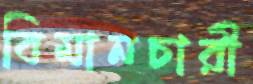
বিমানচারী